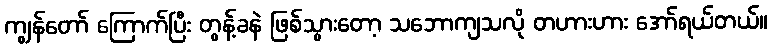
ကျွန်တော် ကြောက်ပြီး တွန့်ခနဲ ဖြစ်သွားတော့ သဘောကျသလို တဟားဟား အော်ရယ်တယ်။